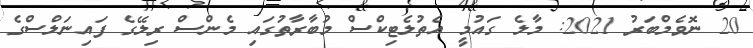
20 ނޮވެމްބަރު 2021: މާލެ ގައުމީ އެތުލެޓިކްސް މުބާރާތުގައި މެންސް ރިލޭގެ ފައިނަލްސްގެ